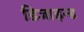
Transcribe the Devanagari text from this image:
डिजाइन्ड